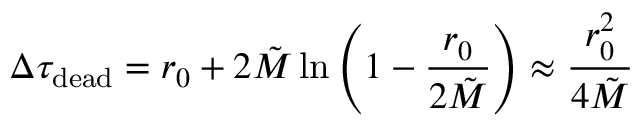
\Delta \tau _ { \mathrm { d e a d } } = r _ { 0 } + 2 \tilde { M } \ln \left( 1 - \frac { r _ { 0 } } { 2 \tilde { M } } \right) \approx \frac { r _ { 0 } ^ { 2 } } { 4 \tilde { M } }